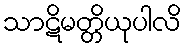
သာဋိမတ္တိယုပါလိ